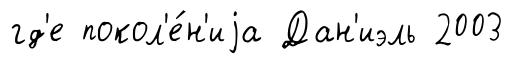
гд'е покол'е́н'иjа Дан'иэль 2003